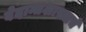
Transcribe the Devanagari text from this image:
वेदान्तशास्त्राचे